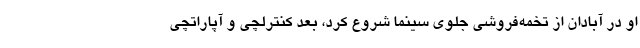
او در آبادان از تخمه‌فروشی جلوی سینما شروع کرد، بعد کنترلچی و آپاراتچی